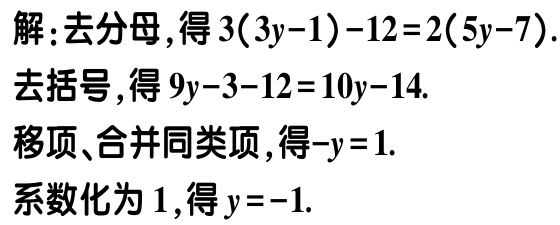
解：去分母，得\(3(3y - 1) - 12 = 2(5y - 7)\).

去括号，得\(9y - 3 - 12 = 10y - 14\).

移项、合并同类项，得\(-y = 1\).

系数化为\(1\)，得\(y = -1\).